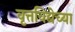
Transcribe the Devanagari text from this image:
वृत्तविद्येच्या